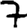
Digit: 7